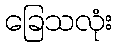
ခြေသလုံး